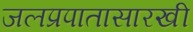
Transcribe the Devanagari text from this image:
जलप्रपातासारखी